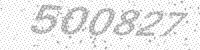
Solution: 500827